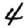
Digit: 4